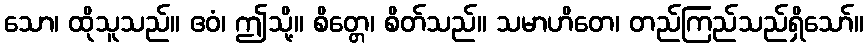
သော၊ ထိုသူသည်။ ဧဝံ၊ ဤသို့။ စိတ္တေ၊ စိတ်သည်။ သမာဟိတေ၊ တည်ကြည်သည်ရှိသော်။